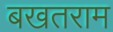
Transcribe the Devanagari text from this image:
बखतराम